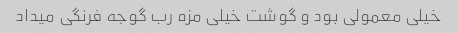
خیلی معمولی بود و گوشت خیلی مزه رب گوجه فرنگی میداد